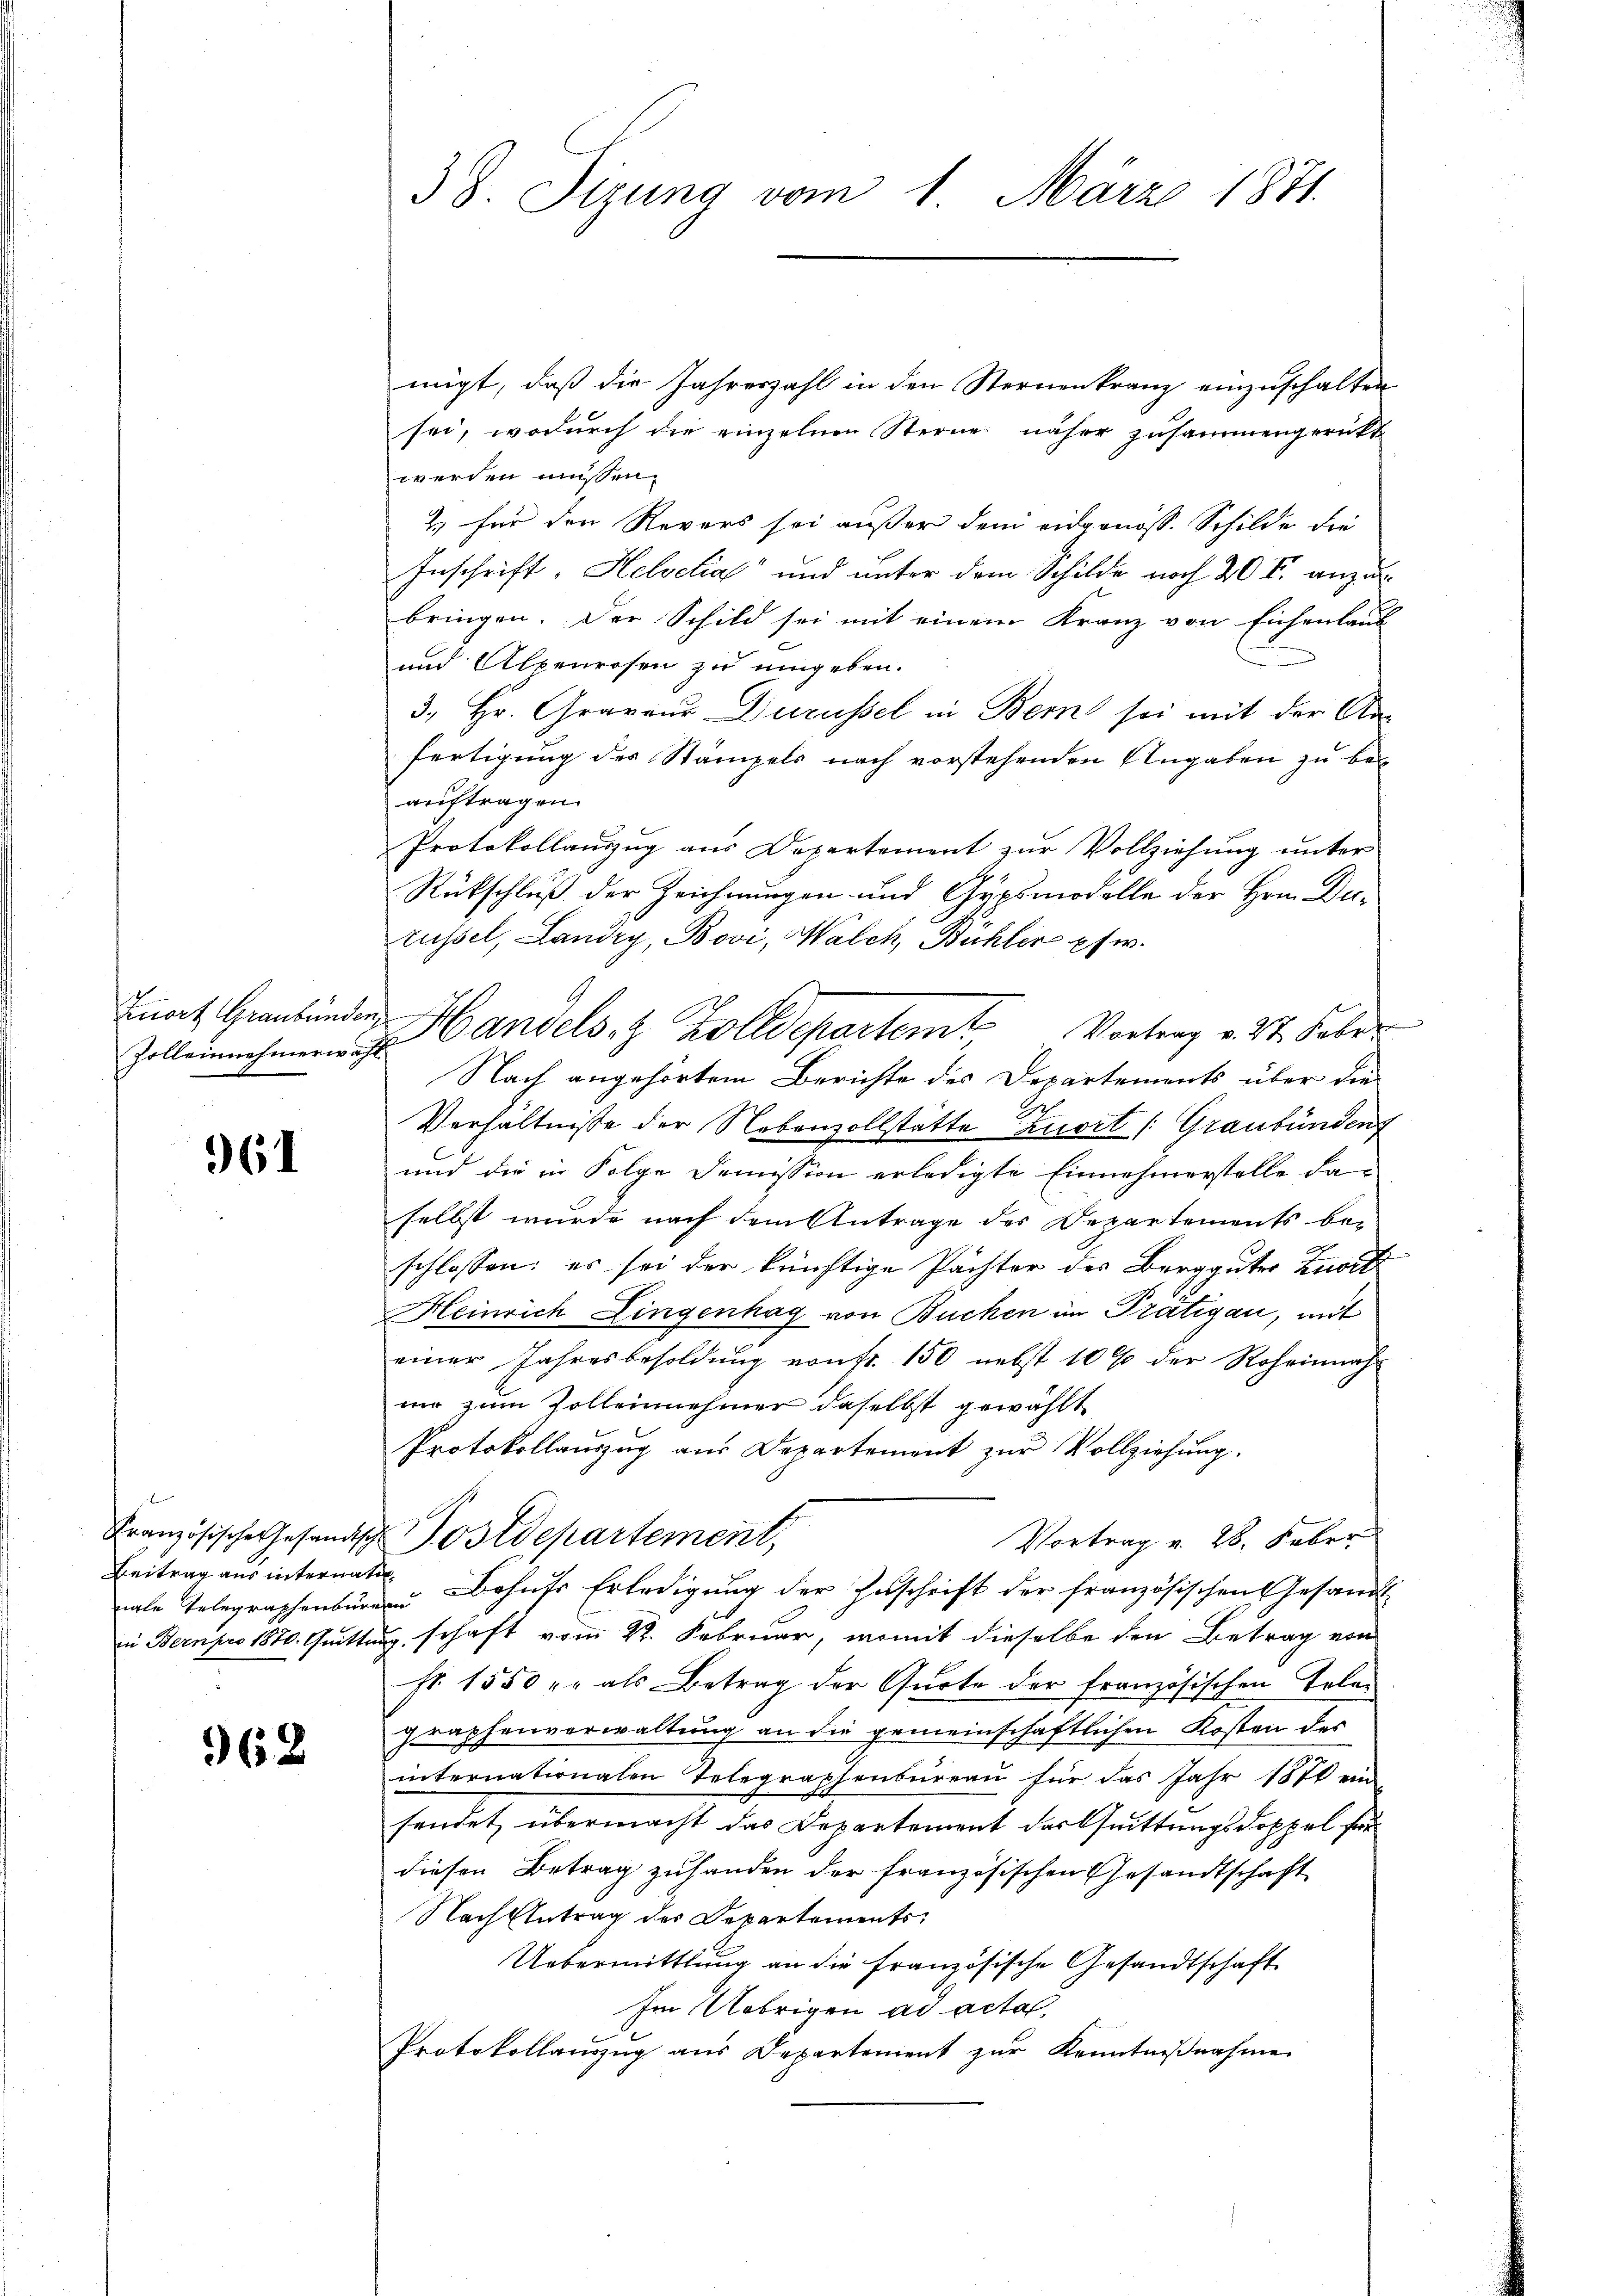
Zolleinnehmerwahl

961

Beitrag aus internati¬

962

migt, daß die Jahreszahl in den Sternenkranz einzuschalten
sei, wodurch die einzelnen Sterne näher zusammengerückt
werden müssen.
2. für den Revers sei außer dem eidgenoss. Schilde die
Inschrift, Helvetia" und unter dem Schilde noch 20 F. anzubringen. Der Schild sei mit einem Kranz von Eichenlaub
und Alpenrosen zu umgeben.
3. Hr. Graveur Durüssel in Bern sei mit der Anfertigung des Stampels nach vorstehenden Angaben zu beauftragen.
Protokollauszug aus Departement zŭr Vollziehŭng ŭnter
Rückschluß der Zeichnungen und Gypsmodelle der Hrn. Durüssel, Landry, Bovi, Walch, Bühler pfw.
Inart Graubünden Handels- & Zolldepartem Vortrag v. 27. Febr.
Nach angehörtem Berichte des Departements über die
Verhältnisse der Nebenzollstätte Zuort (Graubünden
und die in Folge Demission erledigte Einnehmerstelle daselbst wurde nach dem Antrage des Departements bei
schlossen: es sei der künftige Pachter des Bergguter Zust
Heinrich Lingenhag von Buchen im Prätigau, mit
einer Jahresbesoldung von fr. 150 nebst 10 % der Roheinnah
mir zum Zolleinehmer daselbst gewählt
Protokollauszug aus Departement zŭr Vollziehung.
Französische Gesandtsch Postdepartement,
Vortrag v. 28. Feber
nale Telegraphenbürgen Dohns Erledigung der Zuschrift der französischen Gesandt-
in Bern pro 1870. Quittung, schaft vom 22. Februar, womit dieselbe den Betrag von
Fr. 1550 u. als Betrag der Quote der französischen Leber
graphenverwaltung an die gemeinschaftlichen Kosten des
internationalen Telegraphenbureau für das Jahr 1870 ein
sendet, übermacht das Departement der Quittungsdoppel für
diesen Betrag zufanden der französischen Gesandtschaft
Nach Antrag des Departements¬
Uebermittlung an die französische Gesandtschaft
Im Uebrigen ad acta,
Protokollauszug aus Departement zur Kenntnißnahme

38. Sitzung vom 1. März 1871.